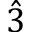
\hat { 3 }